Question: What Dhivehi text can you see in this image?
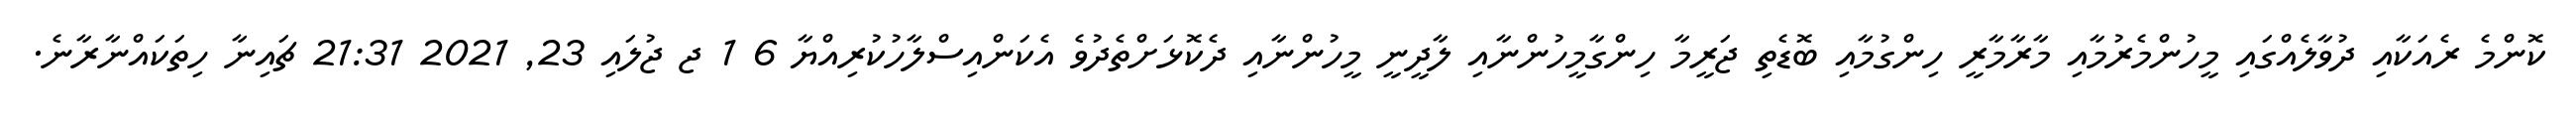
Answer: ކޮންމެ ރެއަކާއި ދުވާލެއްގައި މީހުންމެރުމާއި މާރާމާރީ ހިންގުމާއި ބޮޑެތި ޖަރީމާ ހިންގާމީހުންނާއި ލާދީނީ މީހުންނާއި ދެކޮޅަށްތެދުވެ އެކަންއިސްލާހުކުރިއްޔާ 6 1 ޖ ޖުލައި 23, 2021 21:31 ޗައިނާ ހިތަކައްނާރާނެ.